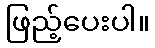
ဖြည့်ပေးပါ။